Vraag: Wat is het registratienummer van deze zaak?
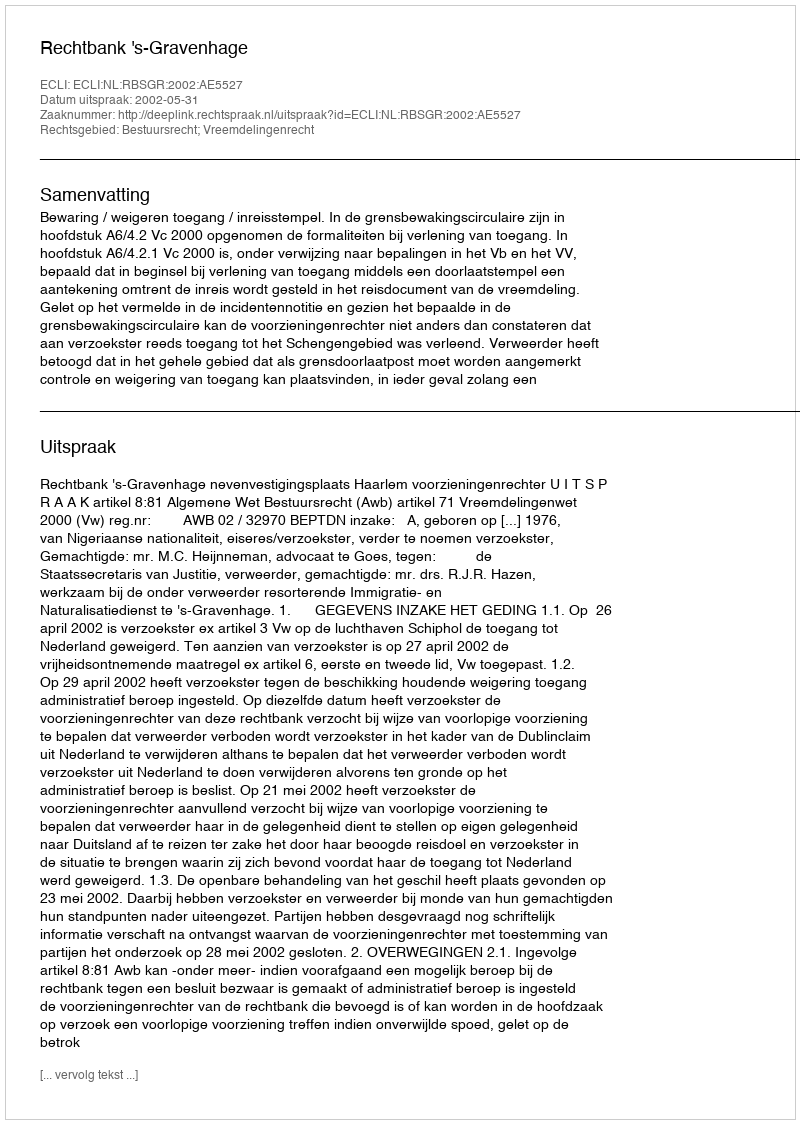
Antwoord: http://deeplink.rechtspraak.nl/uitspraak?id=ECLI:NL:RBSGR:2002:AE5527